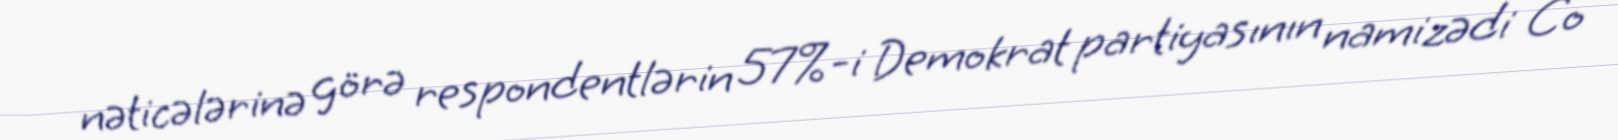
nəticələrinə görə respondentlərin 57%-i Demokrat partiyasının namizədi Co